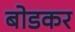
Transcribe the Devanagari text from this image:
बोडकर